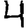
Digit: 4